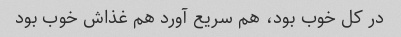
در کل خوب بود، هم سریع آورد هم غذاش خوب بود